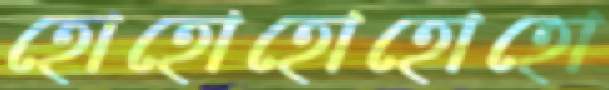
হোহোহোহোহো